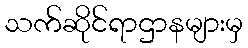
သက်ဆိုင်ရာဌာနများမှ